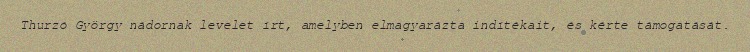
Thurzó György nádornak levelet írt, amelyben elmagyarázta indítékait, és kérte támogatását.